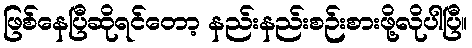
ဖြစ်နေပြီဆိုရင်တော့ နည်းနည်းစဉ်းစားဖို့လိုပါပြီ။